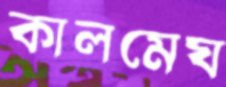
কালমেঘ